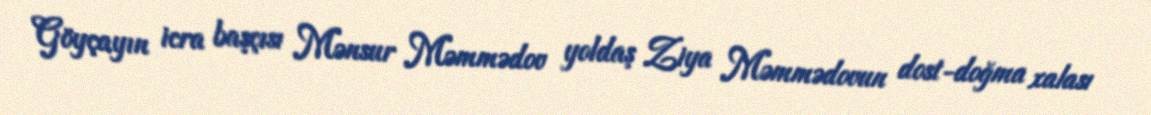
Göyçayın icra başçısı Mənsur Məmmədov yoldaş Ziya Məmmədovun dost-doğma xalası